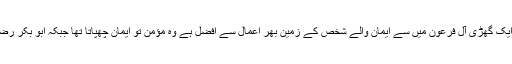
اللہ کی قسم ابو بکر رضی اللہ عنہ کی زندگی کی ایک گھڑی آل فرعون میں سے ایمان والے شخص کے زمین بھر اعمال سے افضل ہے وہ مؤمن تو ایمان چھپاتا تھا جبکہ ابو بکر رضی اللہ عنہ نے اپنے ایمان کا کھلم کھلا اعلان کیا ۔